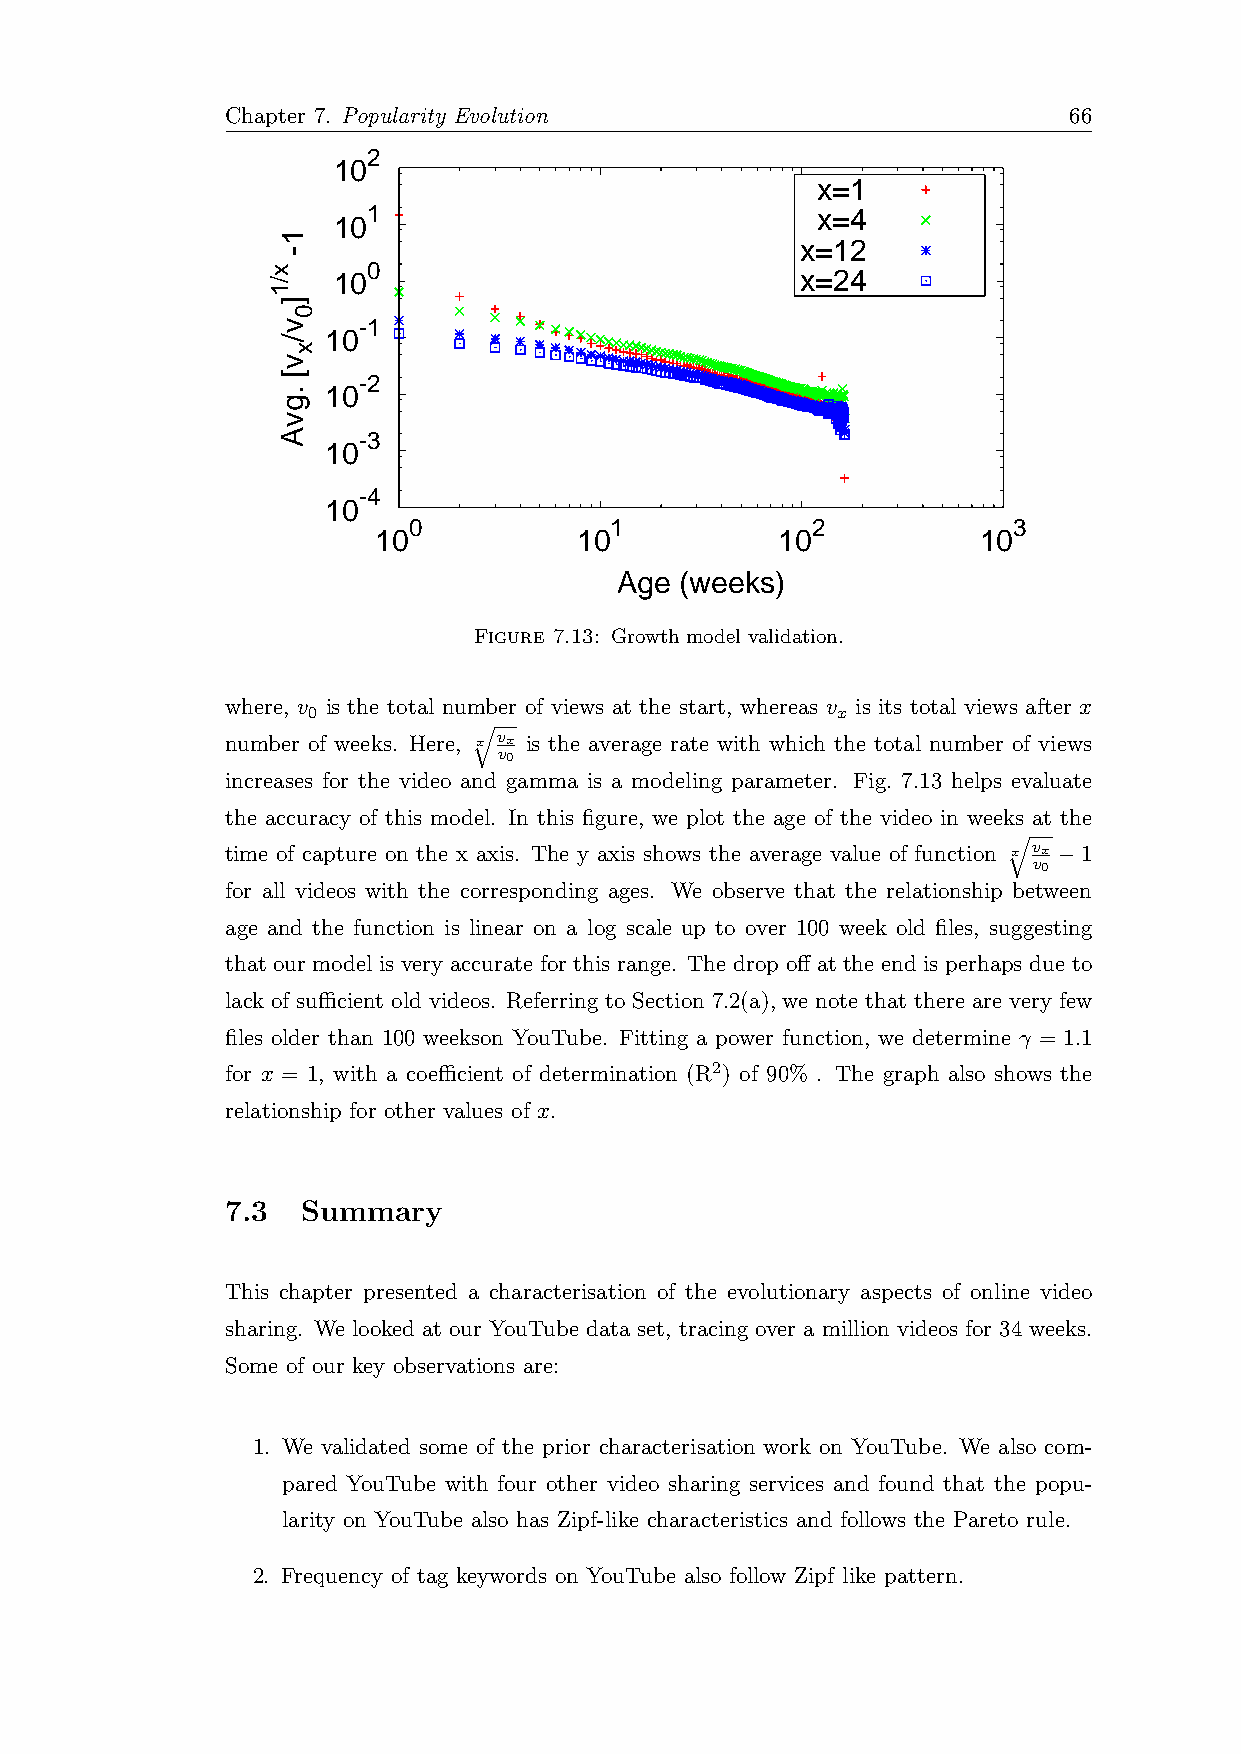
Chapter 7. Popularity Evolution                         66
 2
 10
 x=1
 1                             x=4
 10
 x=12
 0 10                         x=24
 -1
 10
 -2
 10
 -3
 10
 -4
 10
 0            1             2            3
 10           10           10            10
 Age (weeks)
 Figure 7.13: Growth model validation.
 where, v is the total number of views at the start, whereas v is its total views after x
 0          √                       x
 number of weeks. Here, x vx is the average rate with which the total number of views
 v0
 increases for the video and gamma is a modeling parameter. Fig. 7.13 helps evaluate
 the accuracy of this model. In this figure, we plot the age of the video in weeks at the
 √
 time of capture on the x axis. The y axis shows the average value of function x vx −1
 v0
 for all videos with the corresponding ages. We observe that the relationship between
 age and the function is linear on a log scale up to over 100 week old files, suggesting
 that our model is very accurate for this range. The drop off at the end is perhaps due to
 lack of sufficient old videos. Referring to Section 7.2(a), we note that there are very few
 files older than 100 weekson YouTube. Fitting a power function, we determine γ = 1.1
 for x = 1, with a coefficient of determination (R2) of 90% . The graph also shows the
 relationship for other values of x.
 7.3  Summary
 This chapter presented a characterisation of the evolutionary aspects of online video
 sharing. We looked at our YouTube data set, tracing over a million videos for 34 weeks.
 Some of our key observations are:
 1. We validated some of the prior characterisation work on YouTube. We also com-
 pared YouTube with four other video sharing services and found that the popu-
 larity on YouTube also has Zipf-like characteristics and follows the Pareto rule.
 2. Frequency of tag keywords on YouTube also follow Zipf like pattern.
 x/1
 1-
 ]
 v/
 v[
 .gvA
 0
 x